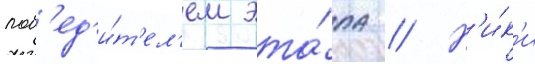
поб'ед'и́т'ел'ем эта́па // Н'и́к'и